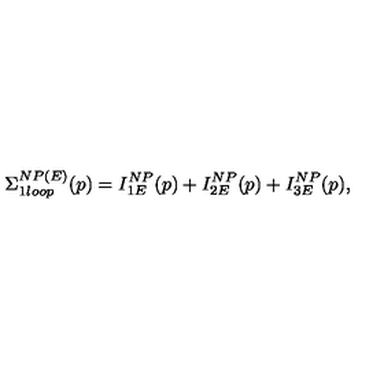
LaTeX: \Sigma _ { 1 l o o p } ^ { N P ( E ) } ( p ) = I _ { 1 E } ^ { N P } ( p ) + I _ { 2 E } ^ { N P } ( p ) + I _ { 3 E } ^ { N P } ( p ) ,